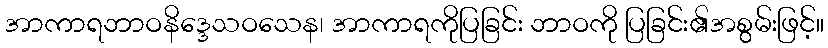
အာကာရဘာဝနိဒ္ဒေသဝသေန၊ အာကာရကိုပြခြင်း ဘာဝကို ပြခြင်း၏အစွမ်းဖြင့်။